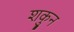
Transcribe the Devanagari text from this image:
शकुुन